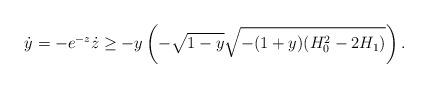
LaTeX: \begin{align*}\dot{y}=-e^{-z}\dot{z}\geq -y\left(-\sqrt{1-y}\sqrt{-(1+y)(H_0^2-2H_1)}\right).\end{align*}